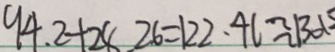
9 4 . 2 + 2 8 . 2 6 = 1 2 2 . 4 6 \approx 1 3 0 1 5